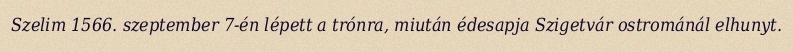
Szelim 1566. szeptember 7-én lépett a trónra, miután édesapja Szigetvár ostrománál elhunyt.